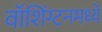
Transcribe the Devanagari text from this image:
वॉशिंग्टनमध्ये